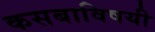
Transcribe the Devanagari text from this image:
कसबाविषयी